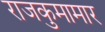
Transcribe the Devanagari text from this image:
राजकुमामार